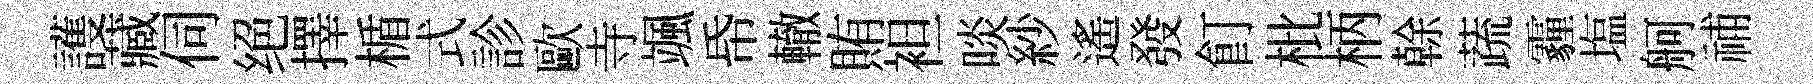
護藏伺绝擇楯式診歐寺颯帋轍賄袒啖紗遙發飣枇柄𠏉蔬霾塩舸𥙷